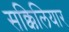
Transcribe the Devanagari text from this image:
सक्किलियार